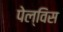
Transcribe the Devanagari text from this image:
पेल्विस